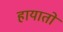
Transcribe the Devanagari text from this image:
हायातो